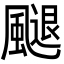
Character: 𩘩